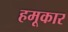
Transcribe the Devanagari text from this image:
हमूकार